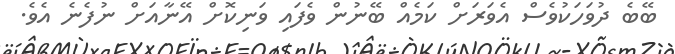
ބޭބެ ދުވަހަކުވެސް އެވަރަށް ކަމެއް ބޭނުން ވެފައި ވަނިކޮށް އޭނާއަށް ނުފެނެ އެވެ.